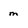
Character: m